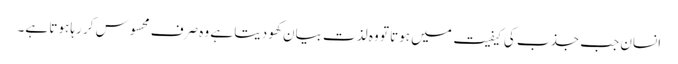
انسان جب جذب کی کیفیت میں ہوتا تو وہ لذت بیان کھو دیتا ہے وہ صرف محسوس کر رہا ہوتا ہے۔